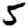
Digit: 5